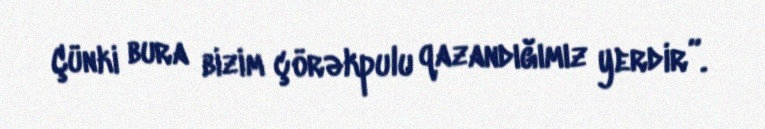
Çünki bura bizim çörəkpulu qazandığımız yerdir”.